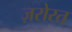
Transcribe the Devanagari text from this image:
ज़रोरत